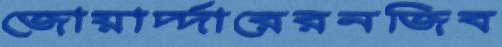
জোয়ার্দ্দারেরনজিব